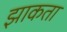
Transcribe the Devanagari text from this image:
झाकता